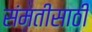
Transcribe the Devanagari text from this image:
संमतीसाठी